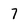
Character: 7